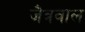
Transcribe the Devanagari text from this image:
जैत्रवाल